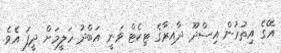
އޭގެ އިތުރުން އިސްދޫ ދާއިރާގެ ޓިކެޓް ވަނީ އަބްދު ހަލީމަށް ދީފަ އެވެ.